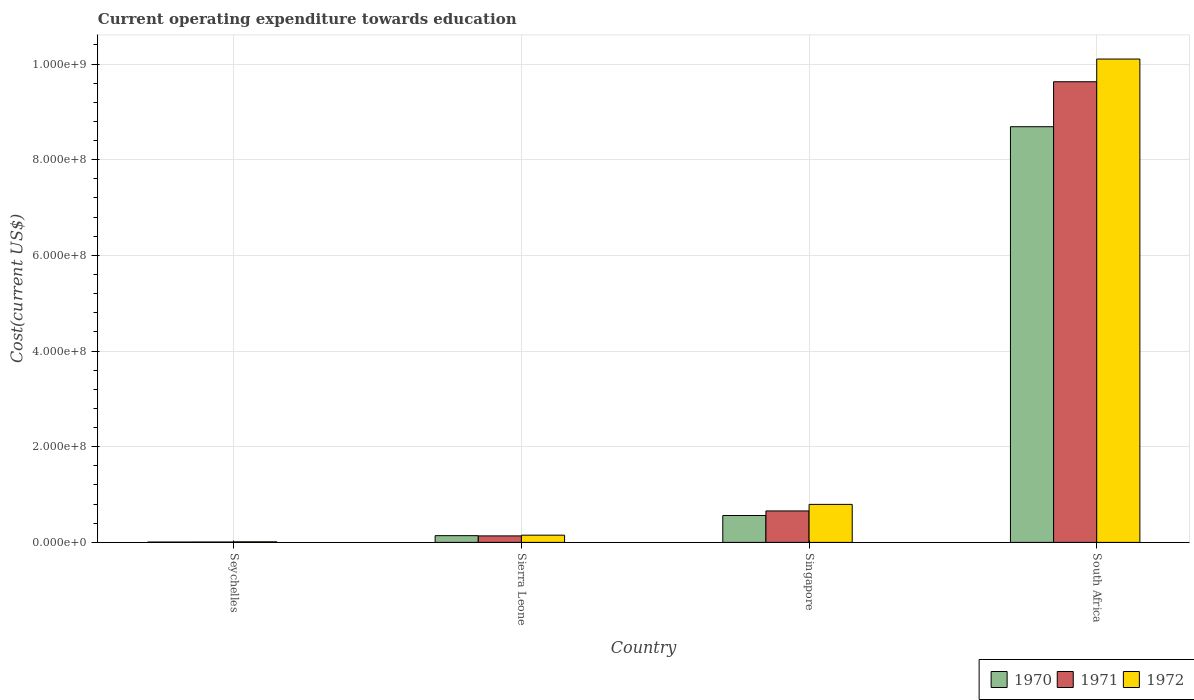
| Country | 1970 | 1971 | 1972 |
 | --- | --- | --- | --- |
 | Seychelles | 6.98e+05 | 7.88e+05 | 1.19e+06 |
 | Sierra Leone | 1.4e+07 | 1.36e+07 | 1.51e+07 |
 | Singapore | 5.62e+07 | 6.57e+07 | 7.95e+07 |
 | South Africa | 8.69e+08 | 9.63e+08 | 1.01e+09 |